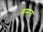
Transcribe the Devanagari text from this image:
बम्‍हना